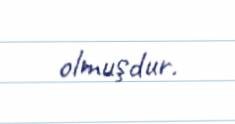
olmuşdur.